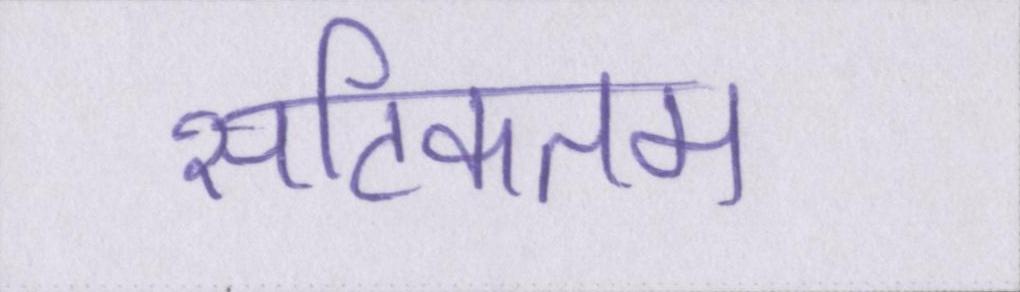
सटिकतम